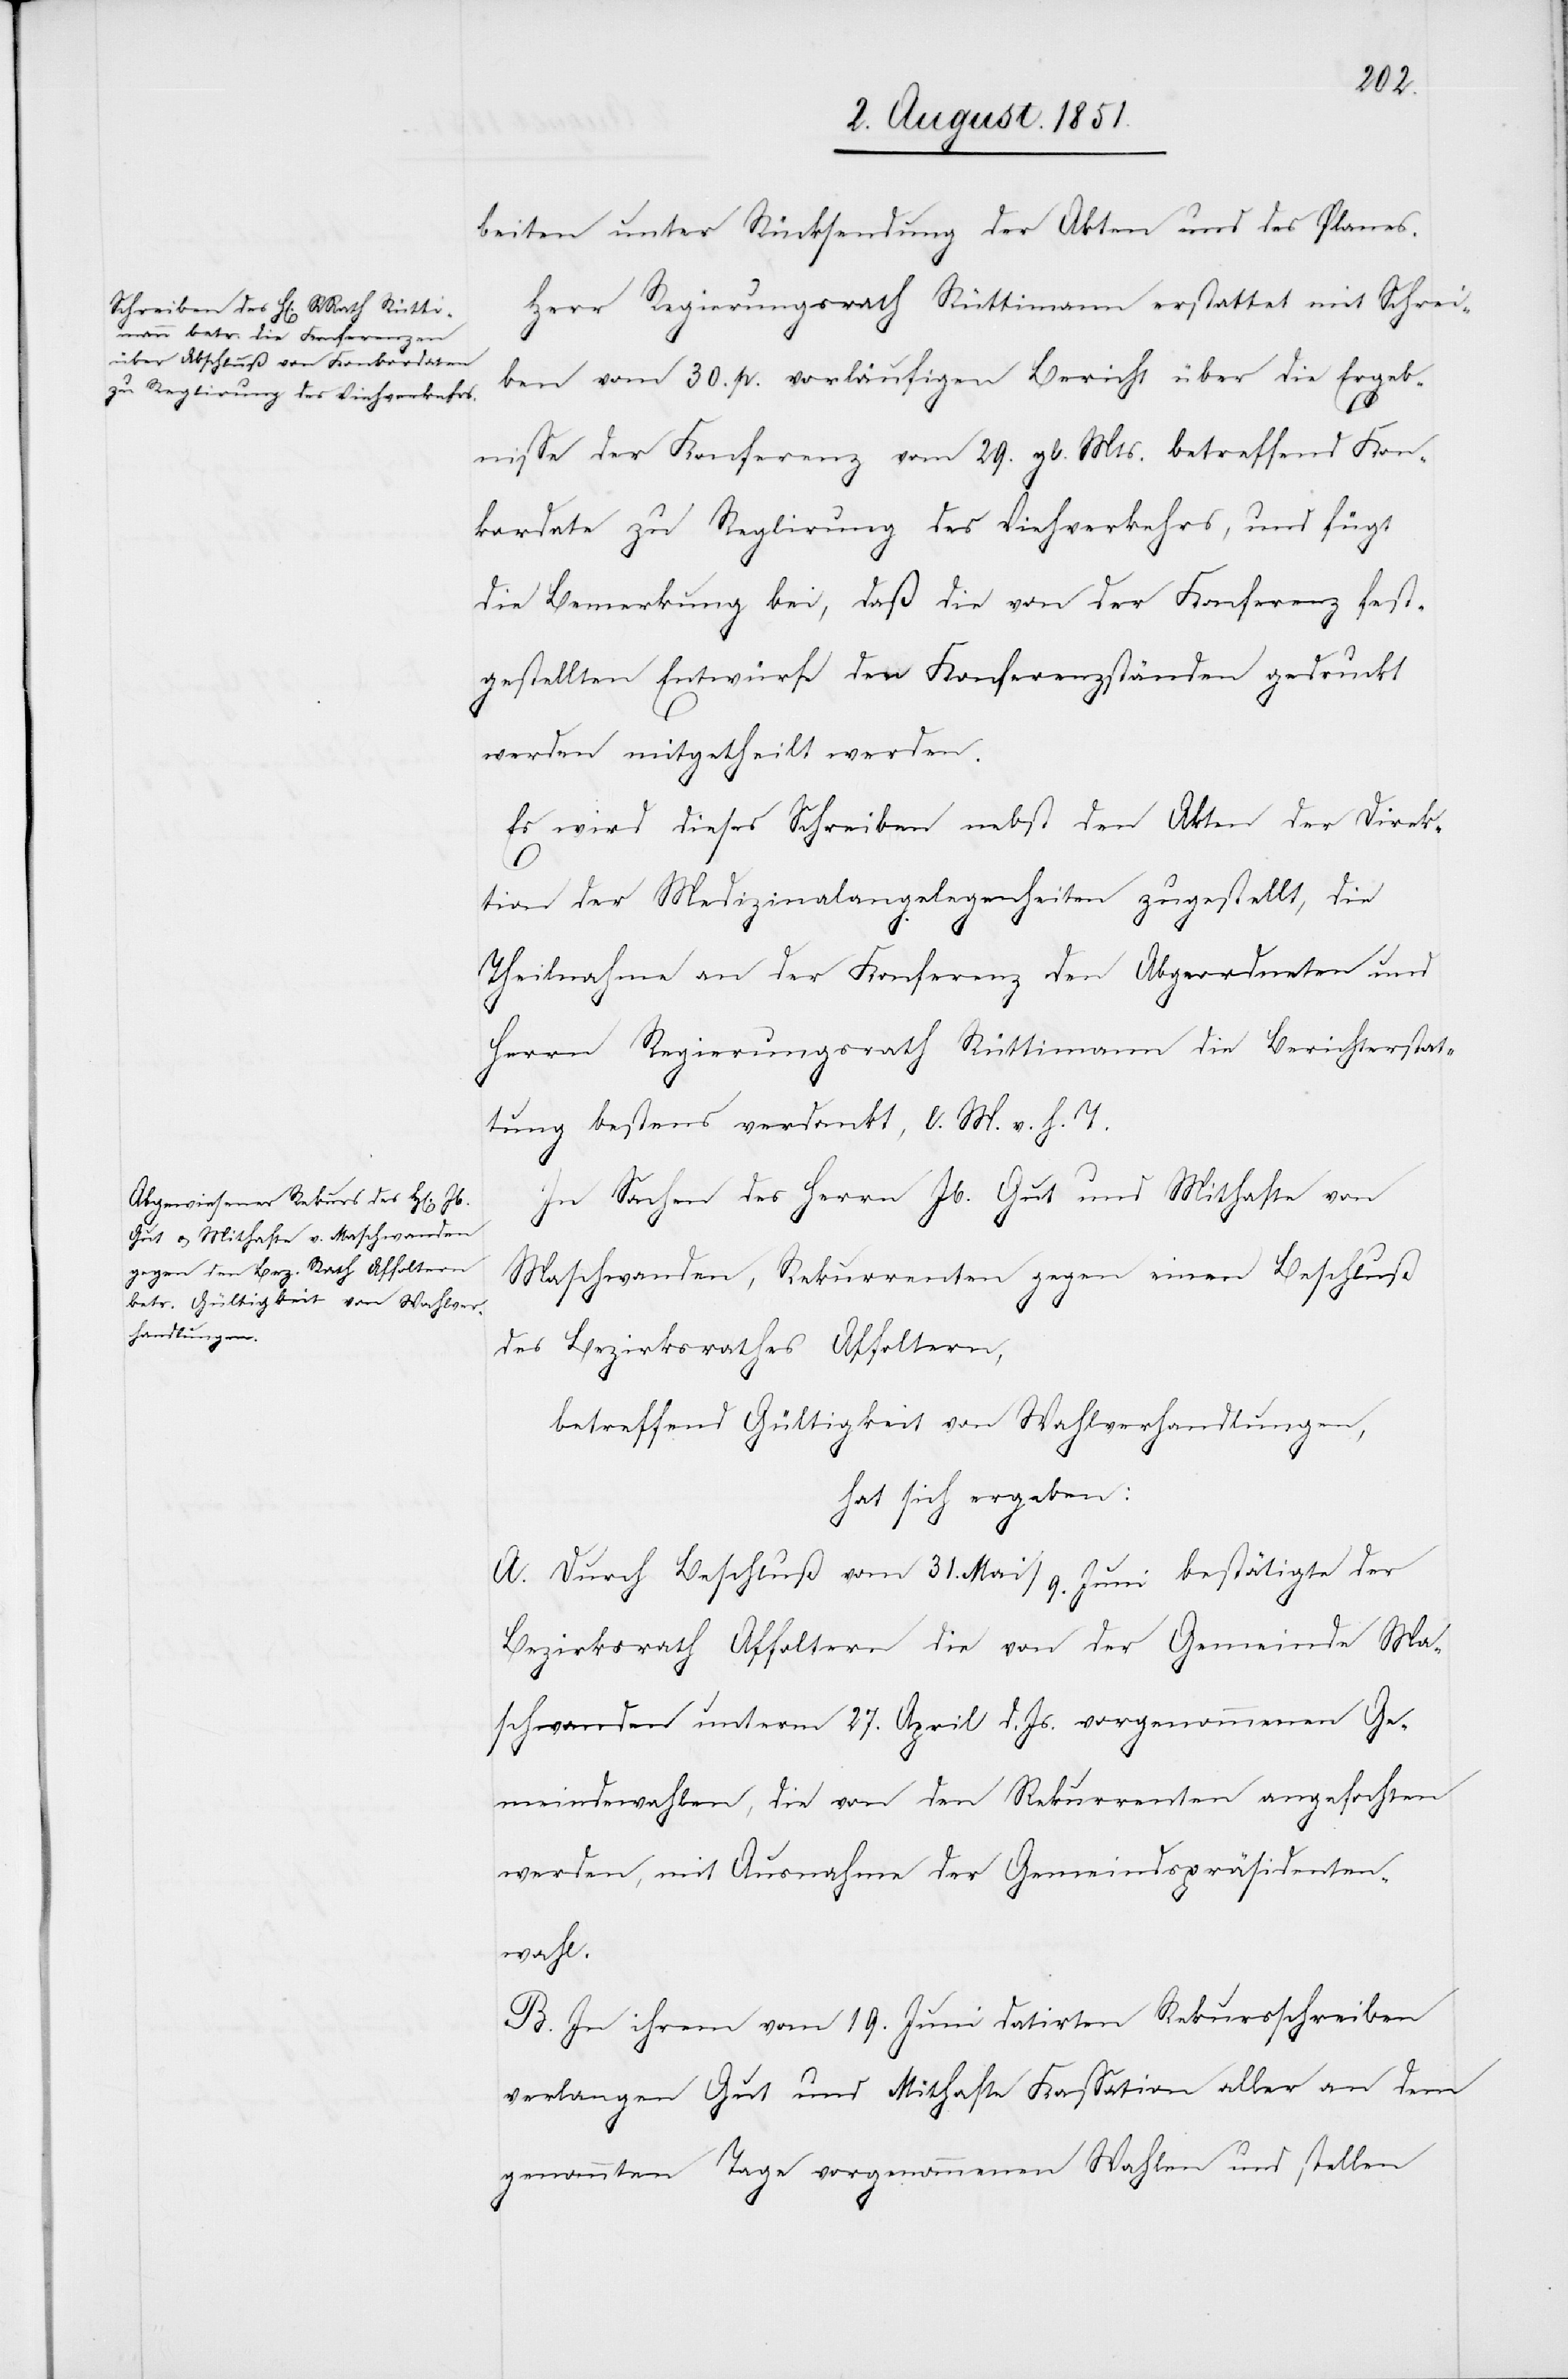
beiten unter Rücksendung der Akten und des Planes.
Herr Regierungsrath Rüttimann erstattet mit Schrei¬
ben vom 30. p. vorläufigen Bericht über die Ergeb¬
nisse der Konferenz vom 29. gl. Mts. betreffend Kon¬
kordate zu Reglirung des Viehverkehrs, und fügt
die Bemerkung bei, daß die von der Konferenz fest¬
gestellten Entwürfe den Konferenzständen gedruckt
werden mitgetheilt werden.
Es wird dieses Schreiben nebst den Akten der Direk¬
tion der Medizinalangelegenheiten zugestellt, die
Theilnahme an der Konferenz den Abgeordneten und
Herrn Regierungsrath Rüttimann die Berichterstat¬
tung bestens verdankt, l. M. v. h. T.
In Sachen des Herrn Jb. Gut und Mithafte von
Maschwanden, Rekurrenten gegen einen Beschluß
des Bezirksrathes Affoltern,
betreffend Gültigkeit von Wahlverhandlungen,
hat sich ergeben:
A. Durch Beschluß vom 31. Mai / 9. Juni bestätigte der
Bezirksrath Affoltern die von der Gemeinde Ma¬
schwanden unterm 27. April d. Js. vorgenommenen Ge¬
meindewahlen, die von den Rekurrenten angefochten
werden, mit Ausnahme der Gemeindspräsidenten¬
wahl.
B. In ihrem vom 19. Juni datirten Rekursschreiben
verlangen Gut und Mithafte Kassation aller an dem
genannten Tage vorgenommenen Wahlen und stellen